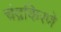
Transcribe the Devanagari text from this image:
चंद्रकिरणे